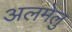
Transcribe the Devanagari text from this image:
अलमेलु